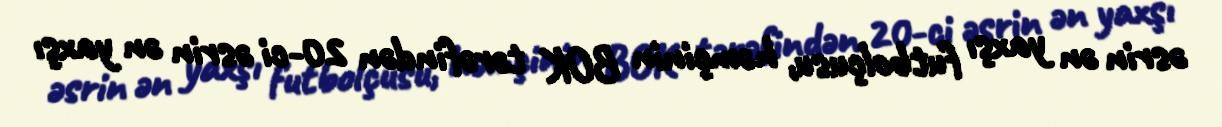
əsrin ən yaxşı futbolçusu, həmçinin BOK tərəfindən 20-ci əsrin ən yaxşı